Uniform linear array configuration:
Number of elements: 48
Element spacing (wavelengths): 1
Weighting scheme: uniform
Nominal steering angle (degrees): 60
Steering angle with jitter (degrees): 61.495
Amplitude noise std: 0.05
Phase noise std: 0.05

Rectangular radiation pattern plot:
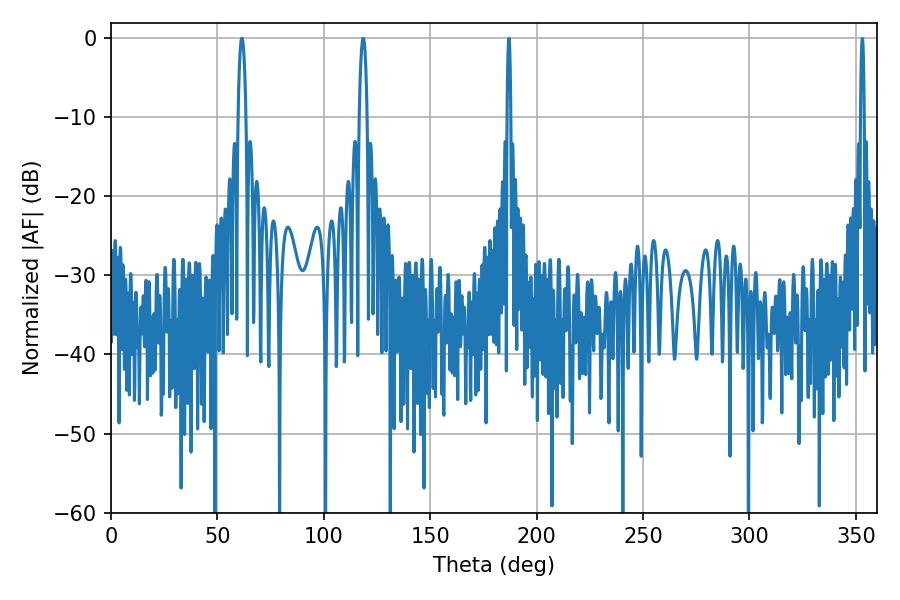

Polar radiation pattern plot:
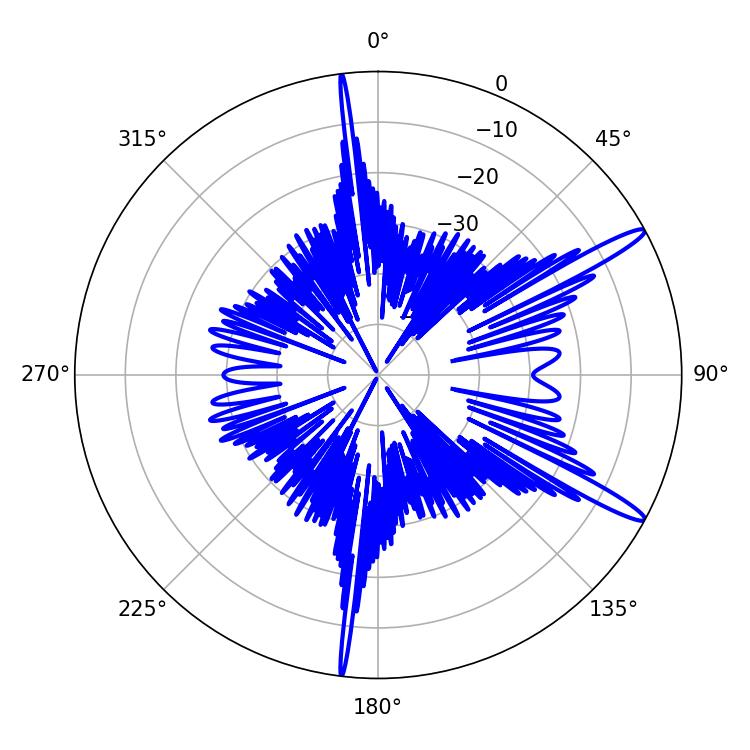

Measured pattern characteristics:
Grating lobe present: TRUE
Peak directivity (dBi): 14.496
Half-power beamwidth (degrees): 1.98
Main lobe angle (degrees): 61.56